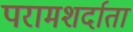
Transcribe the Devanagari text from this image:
परामशर्दाता